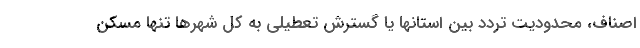
اصناف، محدودیت تردد بین استانها یا گسترش تعطیلی به کل شهرها تنها مسکن